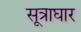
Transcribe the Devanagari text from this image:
सूत्राघार